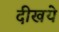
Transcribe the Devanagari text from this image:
दीखये